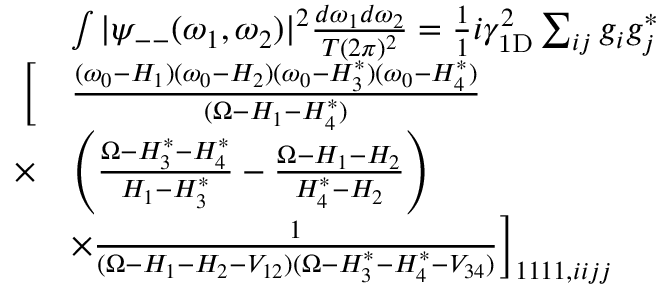
\begin{array} { r l } & { \int | \psi _ { -- } ( \omega _ { 1 } , \omega _ { 2 } ) | ^ { 2 } \frac { d \omega _ { 1 } d \omega _ { 2 } } { T ( 2 \pi ) ^ { 2 } } = \frac { 1 } { 1 } { i \gamma _ { \mathrm { 1 D } } ^ { 2 } } \sum _ { i j } g _ { i } g _ { j } ^ { * } } \\ { \Big [ } & { \frac { ( \omega _ { 0 } - H _ { 1 } ) ( \omega _ { 0 } - H _ { 2 } ) ( \omega _ { 0 } - H _ { 3 } ^ { * } ) ( \omega _ { 0 } - H _ { 4 } ^ { * } ) } { ( \Omega - H _ { 1 } - H _ { 4 } ^ { * } ) } } \\ { \times } & { \left( \frac { \Omega - H _ { 3 } ^ { * } - H _ { 4 } ^ { * } } { H _ { 1 } - H _ { 3 } ^ { * } } - \frac { \Omega - H _ { 1 } - H _ { 2 } } { H _ { 4 } ^ { * } - H _ { 2 } } \right) } \\ & { \times \frac 1 { ( \Omega - H _ { 1 } - H _ { 2 } - V _ { 1 2 } ) ( \Omega - H _ { 3 } ^ { * } - H _ { 4 } ^ { * } - V _ { 3 4 } ) } \Big ] _ { 1 1 1 1 , i i j j } } \end{array}